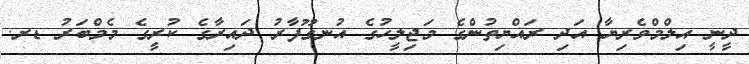
ދީނީ އިލްމްވެރިޔާ އަދި ރައްޔިތުންގެ މަޖިލީހުގެ އުނގޫފާރު ދައިރާގެ ކުރީގެ މެމްބަރު ޑރ.